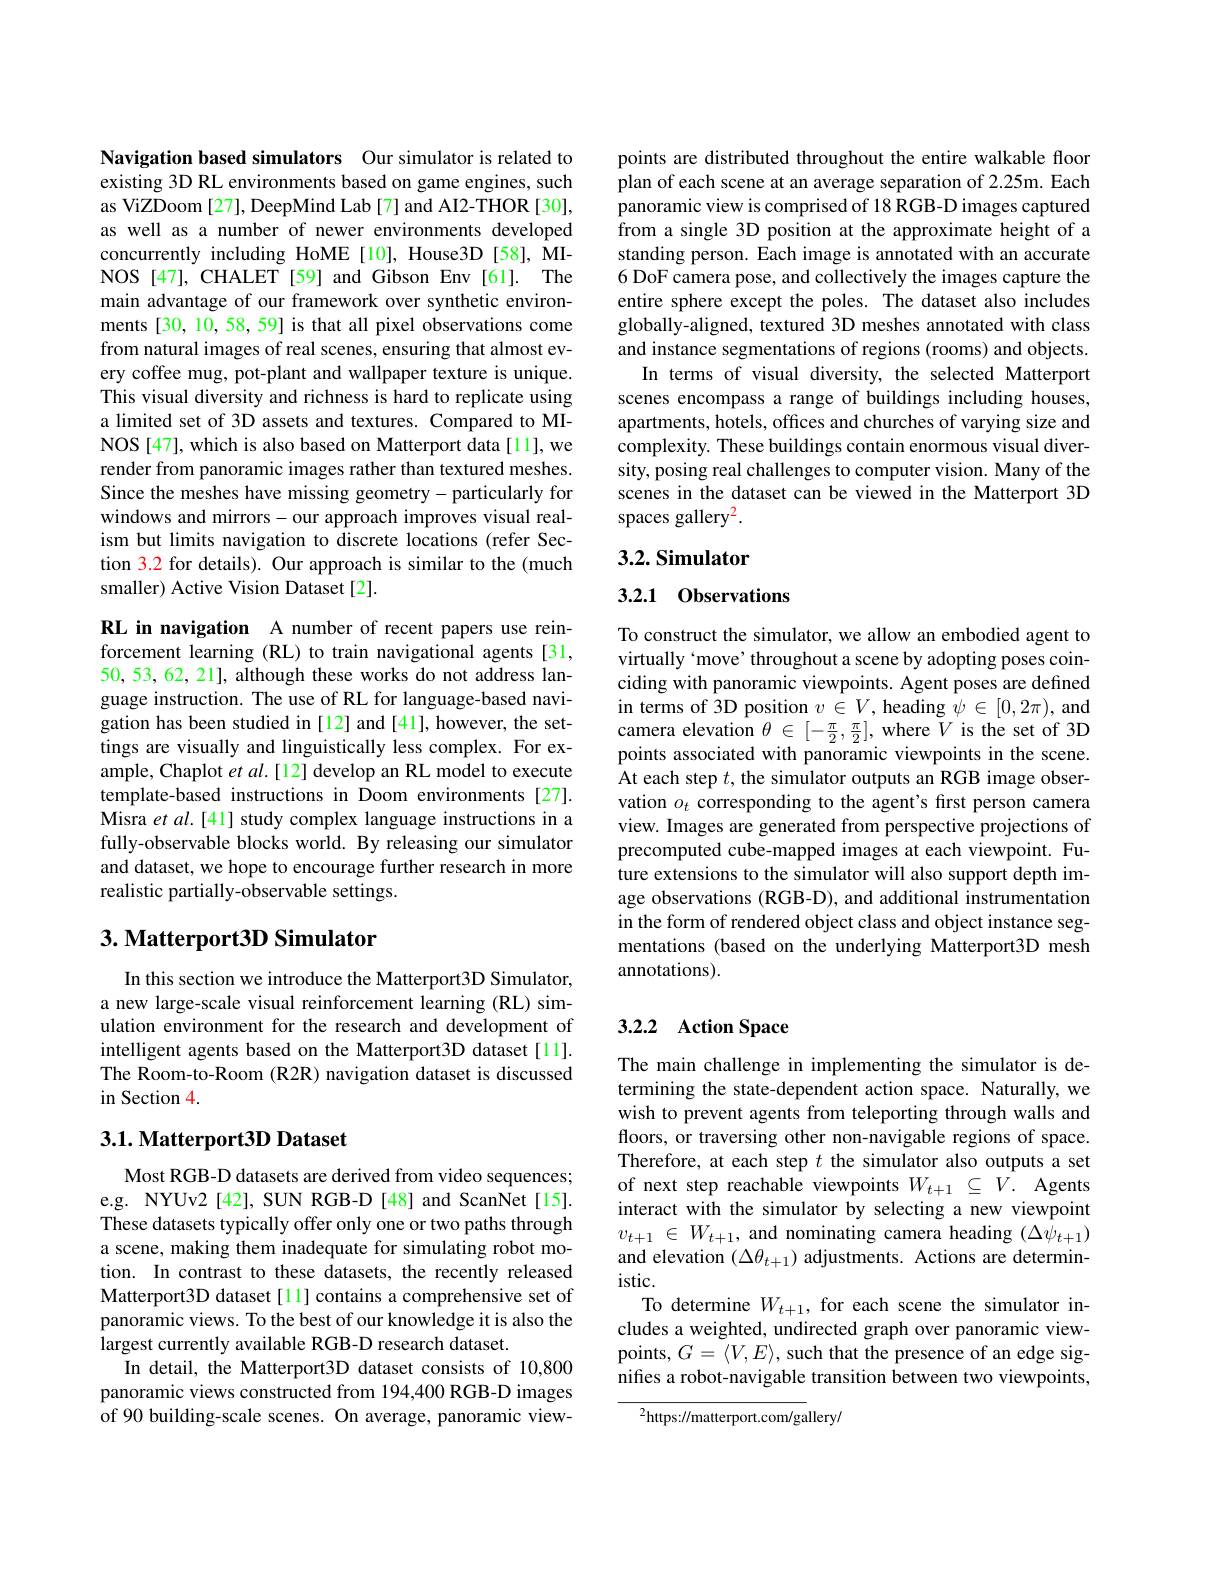
Navigation based simulators Our simulator is related to existing 3D RL environments based on game engines, such as ViZDoom [27], DeepMind Lab[7] and AI2-THOR [30], as well as a number of newer environments developed concurrently including HoME[10], House3D [58], MINOS [47], CHALET [59] and Gibson Env[61]. The main advantage of our framework over synthetic environments [30, 10, 58, 59] is that all pixel observations come from natural images of real scenes, ensuring that almost every coffee mug, pot-plant and wallpaper texture is unique. This visual diversity and richness is hard to replicate using a limited set of 3D assets and textures. Compared to MINOS[47], which is also based on Matterport data[1], we render from panoramic images rather than textured meshes. Since the meshes have missing geometry- particularly for windows and mirrors- our approach improves visual realism but limits navigation to discrete locations (refer Section 3.2 for details). Our approach is similar to the (much smaller) Active Vision Dataset[2].

RL in navigation A number of recent papers use reinforcement learning (RL) to train navigational agents [31, 50, 53, 62, 21], although these works do not address language instruction. The use of RL for language-based navigation has been studied in[12] and[41], however, the settings are visually and linguistically less complex. For example, Chaplot et al.[12] develop an RL model to execute template-based instructions in Doom environments [27]. Misra et al.[41] study complex language instructions in a fully-observable blocks world. By releasing our simulator and dataset, we hope to encourage further research in more realistic partially-observable settings.

## $3. \textbf{ Matterport3D Simulator}$

In this section we introduce the Matterport3D Simulator, a new large-scale visual reinforcement learning (RL) simulation environment for the research and development of intelligent agents based on the Matterport3D dataset [11]. The Room-to-Room (R2R) navigation dataset is discussed in Section 4.

### $3. 1. \textbf{Matterport3D Dataset}$

Most RGB-D datasets are derived from video sequences; e.g. NYUv2[42], SUN RGB-D[48] and ScanNet[15]. These datasets typically offer only one or two paths through a scene, making them inadequate for simulating robot motion. In contrast to these datasets, the recently released Matterport3D dataset[1] contains a comprehensive set of panoramic views. To the best of our knowledge it is also the largest currently available RGB-D research dataset.
In detail, the Matterport3D dataset consists of 10,800 panoramic views constructed from 194,400 RGB-D images of 90 building-scale scenes. On average, panoramic view-

points are distributed throughout the entire walkable floor plan of each scene at an average separation of 2.25m. Each panoramic view is comprised of 18 RGB-D images captured from a single 3D position at the approximate height of a standing person. Each image is annotated with an accurate 6 DoF camera pose, and collectively the images capture the entire sphere except the poles. The dataset also includes globally-aligned, textured 3D meshes annotated with class and instance segmentations of regions (rooms) and objects.
In terms of visual diversity, the selected Matterport scenes encompass a range of buildings including houses, apartments, hotels, offices and churches of varying size and complexity. These buildings contain enormous visual diversity, posing real challenges to computer vision. Many of the scenes in the dataset can be viewed in the Matterport 3D spaces gallery$^2.$

## 3.2. Simulator

3.2.1 Observations

To construct the simulator, we allow an embodied agent to virtually `move' throughout a scene by adopting poses coinciding with panoramic viewpoints. Agent poses are defined in terms of 3D position $v\in V$, heading $\psi\in[0,2\pi)$, and camera elevation $\theta\in[-\frac\pi2,\frac\pi2]$, where $V$ is the set of 3D points associated with panoramic viewpoints in the scene. At each step $t$, the simulator outputs an RGB image observation $o_{t}$ corresponding to the agent's frst person camera view. Images are generated from perspective projections of precomputed cube-mapped images at each viewpoint. Future extensions to the simulator will also support depth image observations (RGB-D), and additional instrumentation in the form of rendered object class and object instance segmentations (based on the underlying Matterport3D mesh annotations)

## 3.2.2 Action Space

The main challenge in implementing the simulator is determining the state-dependent action space. Naturally, we wish to prevent agents from teleporting through walls and floors, or traversing other non-navigable regions of space. Therefore, at each step $t$ the simulator also outputs a set of next step reachable viewpoints $W_{t+1}\subseteq V.$ Agents interact with the simulator by selecting a new viewpoint $v_{t+1}\in W_{t+1}$, and nominating camera heading $(\Delta\psi_{t+1})$ and elevation $(\Delta\theta_{t+1})$ adjustments. Actions are determin- $istic.$
To determine $W_{t+1}$, for each scene the simulator includes a weighted, undirected graph over panoramic viewpoints, $G=\langle V,E\rangle$, such that the presence of an edge signifes a robot-navigable transition between two viewpoints,

$^{2}$https://matterport.com/gallery/